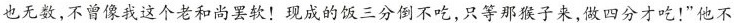
也无数，不曾像我这个老和尚罢软！现成的饭三分倒不吃，只等那猴子来，做四分才吃！”他不